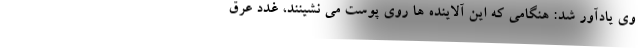
وی یادآور شد: هنگامی که این آلاینده ها روی پوست می نشینند، غدد عرق